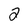
Character: 2